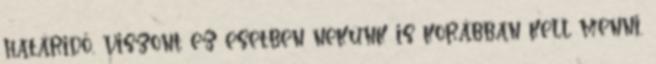
határidő, viszont ez esetben nekünk is korábban kell menni.